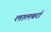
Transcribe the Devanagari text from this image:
लालबर्रा